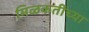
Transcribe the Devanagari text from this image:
मिळकतींच्या